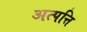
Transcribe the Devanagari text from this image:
अत्पत्ति